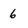
Character: 6